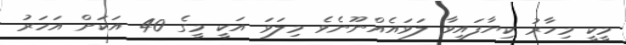
މީކީ މިހާރު ކިޔާފައިވާ ލަވައެއްނޫނެވެ މިލަވަ އަކީ މީގެ 40 އަކަށް އަހަރު